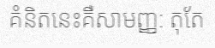
គំនិតនេះគឺសាមញ្ញ: តុតែ